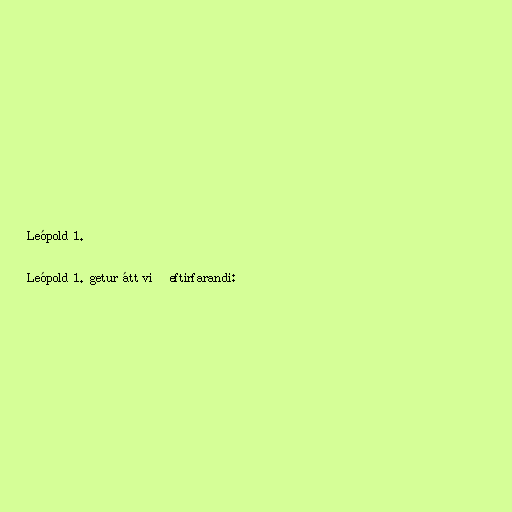
Leópold 1.

Leópold 1. getur átt við eftirfarandi: